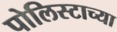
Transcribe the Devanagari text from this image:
पोलिस्टाच्या